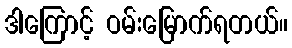
ဒါကြောင့် ဝမ်းမြောက်ရတယ်။